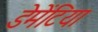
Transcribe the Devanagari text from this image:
डेमेंटिया